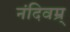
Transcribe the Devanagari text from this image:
नंदिवम्र्